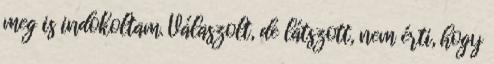
meg is indokoltam. Válaszolt, de látszott, nem érti, hogy